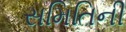
સમિતિની